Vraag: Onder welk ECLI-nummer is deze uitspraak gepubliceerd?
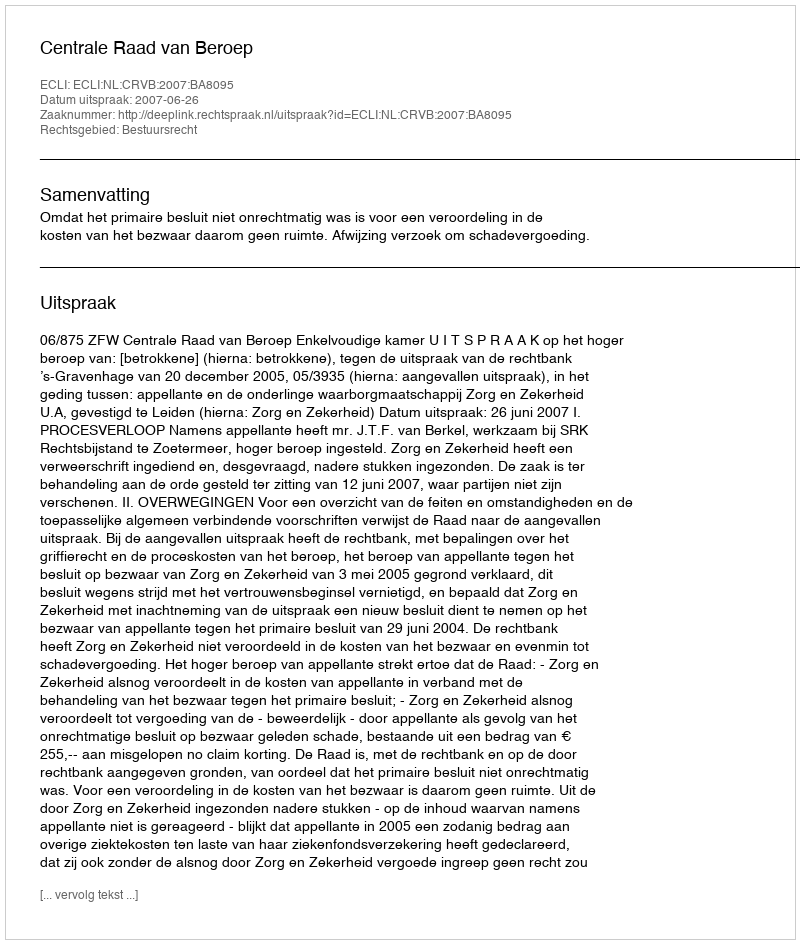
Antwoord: ECLI:NL:CRVB:2007:BA8095